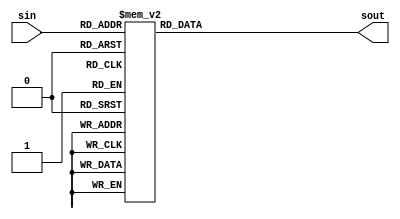
module sbox(sin,sout);
input [3:0]sin;
output [3:0]sout;
reg [3:0]temp;
reg [3:0]sout;
always@*
begin
case (sin) 
4'b0000:temp= 4'b1001;

4'b0001:temp= 4'b0100;

4'b0010:temp= 4'b1010;

4'b0011:temp= 4'b1011;

4'b0100:temp= 4'b1101;


4'b0101:temp= 4'b0001;


4'b0110:temp= 4'b1000;


4'b0111:temp= 4'b0101;


4'b1000:temp= 4'b0110;


4'b1001:temp= 4'b0010;


4'b1010:temp= 4'b0000;


4'b1011:temp= 4'b0011;


4'b1100:temp= 4'b1100;


4'b1101:temp= 4'b1110;


4'b1110:temp= 4'b1111;


4'b1111:temp= 4'b0111;
endcase
sout = temp;
end
endmodule